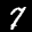
Digit: 7